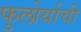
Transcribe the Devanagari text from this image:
फुलोर्याची